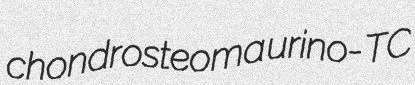
chondrosteoma urino- TC